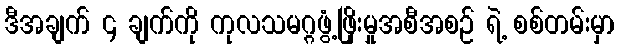
ဒီအချက် ၄ ချက်ကို ကုလသမဂ္ဂဖွံ့ဖြိုးမှုအစီအစဉ် ရဲ့ စစ်တမ်းမှာ